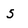
Character: 5